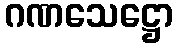
ဂဏသေဋ္ဌော